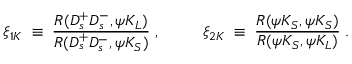
\xi _ { 1 K } \; \equiv \; \frac { { \cal R } ( D _ { s } ^ { + } D _ { s } ^ { - } , \psi K _ { L } ) } { { \cal R } ( D _ { s } ^ { + } D _ { s } ^ { - } , \psi K _ { S } ) } \; , ~ ~ ~ ~ ~ ~ ~ ~ \xi _ { 2 K } \; \equiv \; \frac { { \cal R } ( \psi K _ { S } , \psi K _ { S } ) } { { \cal R } ( \psi K _ { S } , \psi K _ { L } ) } \; .